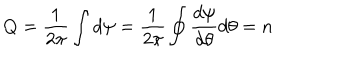
LaTeX: Q = \frac { 1 } { 2 \pi } \int d \psi = \frac { 1 } { 2 \pi } \oint \frac { d \psi } { d \theta } d \theta = n